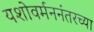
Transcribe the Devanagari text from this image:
यशोवर्मननंतरच्या